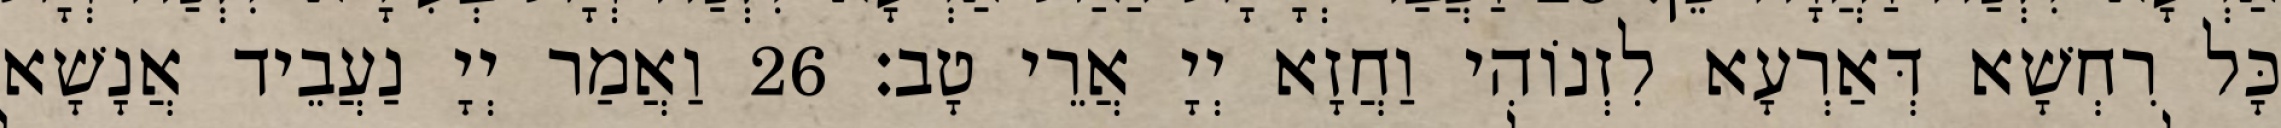
כָּל רִחְשָׁא דְּאַרְעָא לִזְנוֹהִי וַחֲזָא יְיָ אֲרֵי טָב׃ 26 וַאֲמַר יְיָ נַעֲבֵיד אֲנָשָׁא